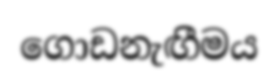
ගොඩනැඟීමය